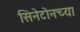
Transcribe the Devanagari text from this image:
सिनेटोनच्या